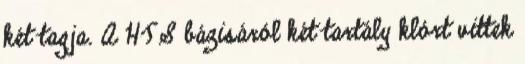
két tagja. A HTS bázisáról két tartály klórt vittek